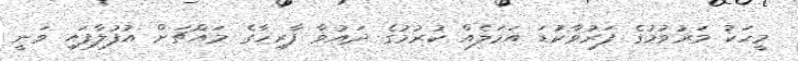
މީހަކު މަރުވުމުގެ ފަރުވާކުޑަ އަމަލެއް ކުރުމުގެ ދައުވާ ފާރިހާގެ މައްޗަށް އުފުލާފައި ވަނީ